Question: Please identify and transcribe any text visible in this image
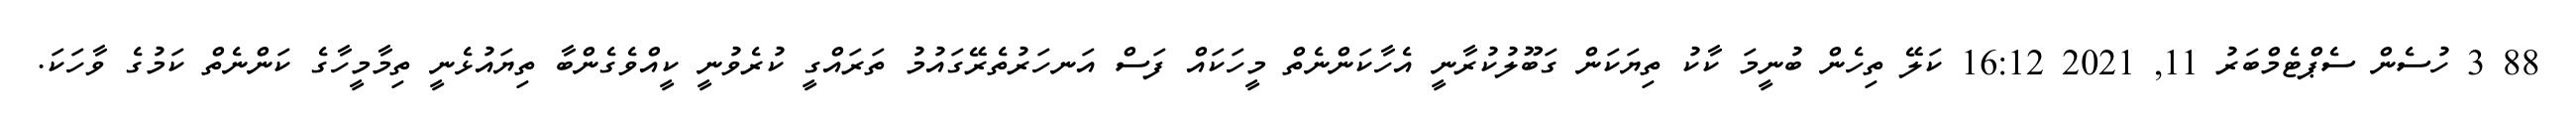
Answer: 88 3 ހުސެން ސެޕްޓެމްބަރު 11, 2021 16:12 ކަލޭ ތިހެން ބުނީމަ ކާކު ތިޔަކަން ގަބޫލުކުރާނީ އެހާކަންނެތް މީހަކައް ފަސް އަނހަރުތެރޭގައުމު ތަރައްގީ ކުރެވުނީ ކީއްވެގެންބާ ތިޔައުޅެނީ ތިމާމީހާގެ ކަންނެތް ކަމުގެ ވާހަކަ.